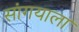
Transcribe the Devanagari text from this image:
सांगयाला